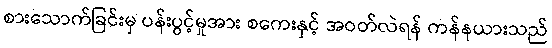
စားသောက်ခြင်းမှ ပန်းပွင့်မှုအား စကေးနှင့် အဝတ်လဲရန် ကန်နယားသည်